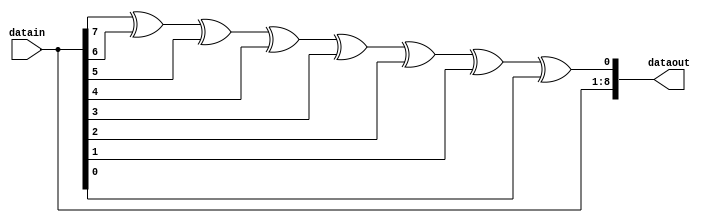
module CheckCode(input [7:0] datain, output [8:0] dataout);

assign dataout[8:1] = datain[7:0];
assign dataout[0] = datain[7]^datain[6]^datain[5]^datain[4]^datain[3]^datain[2]^datain[1]^datain[0];

endmodule